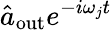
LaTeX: \hat{a}_{\mathrm{out}}e^{-i\omega_{j}t}